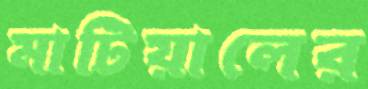
মাটিয়ালের